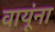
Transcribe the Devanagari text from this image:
वायूंना